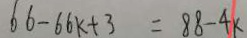
6 6 - 6 6 k + 3 = 8 8 - 4 k